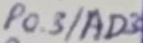
Text: P0.3/AD3